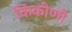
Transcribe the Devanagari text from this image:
किंकीणी